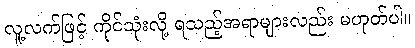
လူ့လက်ဖြင့် ကိုင်သုံးလို့ ရသည့်အရာများလည်း မဟုတ်ပါ။